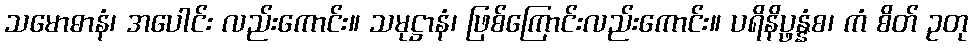
သမောဓာနံ၊ အပေါင်း လည်းကောင်း။ သမုဋ္ဌာနံ၊ ဖြစ်ကြောင်းလည်းကောင်း။ ပရိနိပ္ဖန္နံစ၊ ကံ စိတ် ဥတု